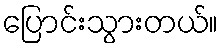
ပြောင်းသွားတယ်။